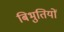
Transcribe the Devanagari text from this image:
बिभुतियों